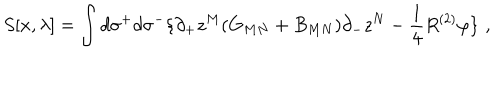
S [ x , \lambda ] = \int d \sigma ^ { + } d \sigma ^ { - } \{ \partial _ { + } z ^ { M } ( G _ { M N } + B _ { M N } ) \partial _ { - } z ^ { N } - \frac { 1 } { 4 } R ^ { \left( 2 \right) } \varphi \} \, \, ,